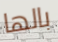
بالها